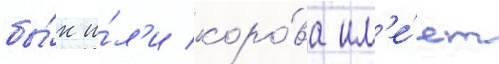
бы́к и́л'и коро́ва им'е́ет